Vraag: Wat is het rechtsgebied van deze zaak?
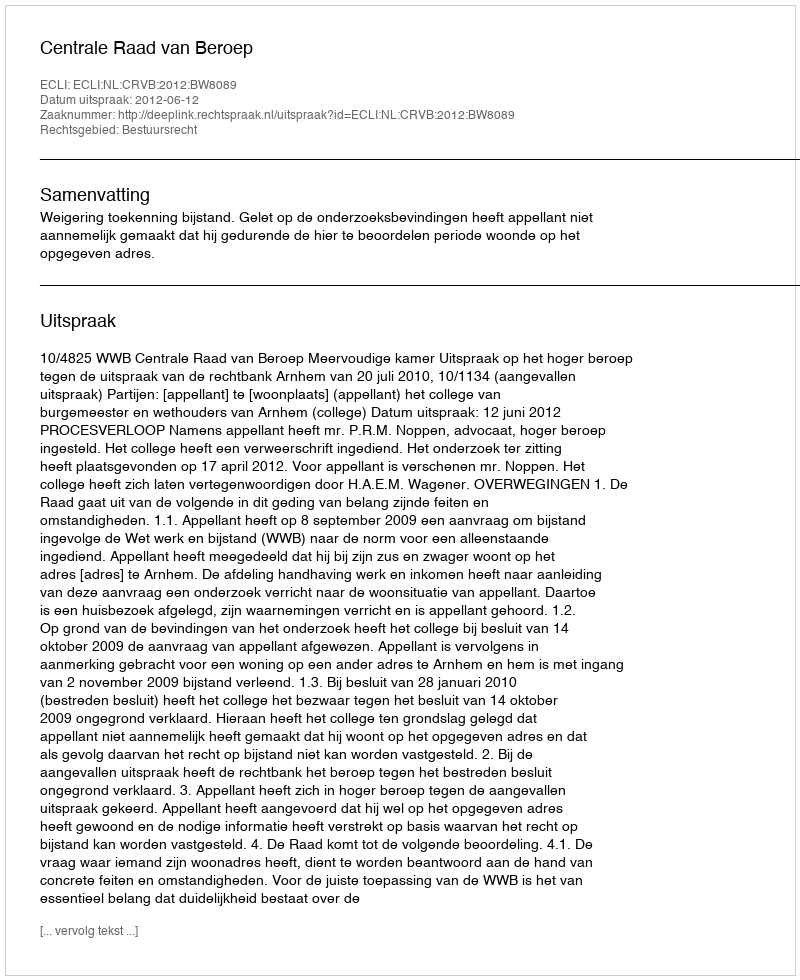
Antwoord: Bestuursrecht